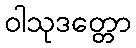
ဝါသုဒတ္တော